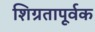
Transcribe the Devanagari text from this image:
शिग्रतापूर्वक